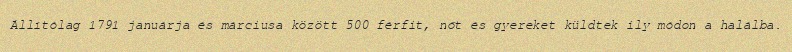
Állítólag 1791 januárja és márciusa között 500 férfit, nőt és gyereket küldtek ily módon a halálba.